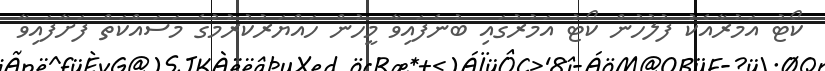
ކޯޓު އަމުރާއެކު ފުލުހުން ކޯޓު އަމުރުގައި ބުނެފައިވާ މީހުން ހައްޔަރުކުރުމުގެ މަސައްކަތް ފަށާފައިވާ